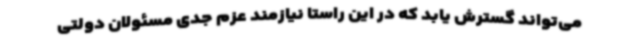
می‌تواند گسترش یابد که در این راستا نیازمند عزم جدی مسئولان دولتی